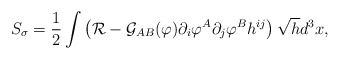
\begin{align*}S_\sigma=\frac{1}{2}\int \left({\cal R}-{\cal G}_{AB}(\varphi)\partial_i\varphi^A \partial_j \varphi^Bh^{ij}\right)\sqrt{h}d^3x,\end{align*}